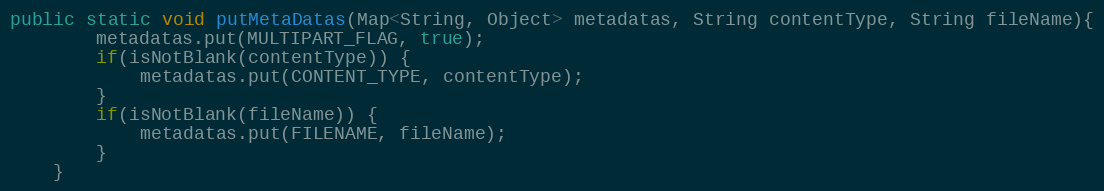
Language: Java
public static void putMetaDatas(Map<String, Object> metadatas, String contentType, String fileName){
        metadatas.put(MULTIPART_FLAG, true);
        if(isNotBlank(contentType)) {
            metadatas.put(CONTENT_TYPE, contentType);
        }
        if(isNotBlank(fileName)) {
            metadatas.put(FILENAME, fileName);
        }
    }